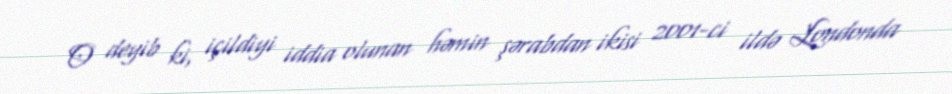
O deyib ki, içildiyi iddia olunan həmin şərabdan ikisi 2001-ci ildə Londonda